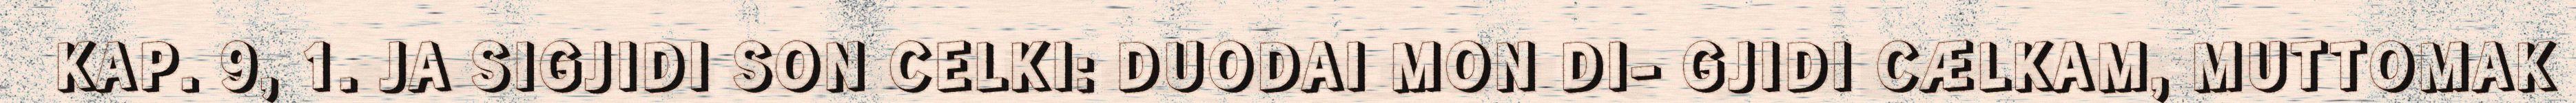
KAP. 9, 1. JA SIGJIDI SON CELKI: DUODAI MON DI- GJIDI CÆLKAM, MUTTOMAK